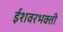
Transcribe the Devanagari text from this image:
ईशवरभक्ती